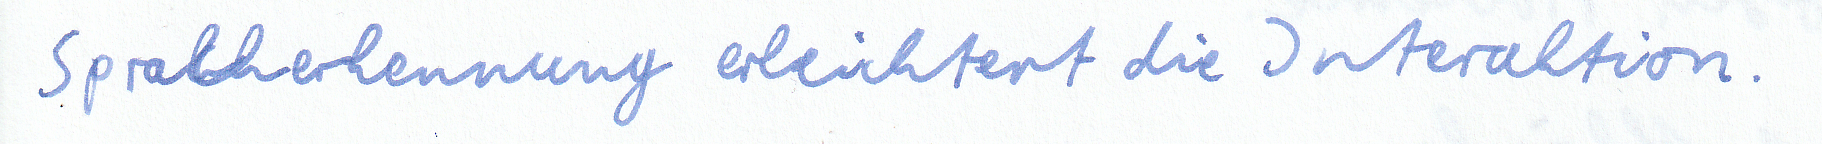
Spracherkennung erleichtert die Interaktion.